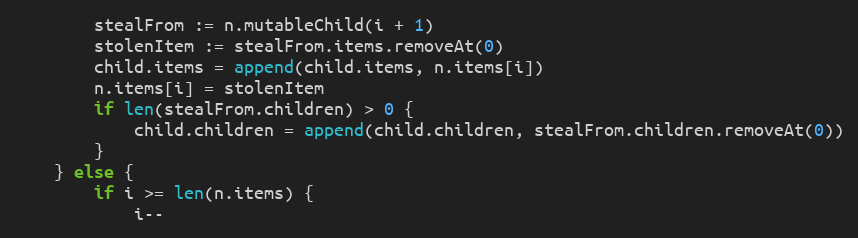
Language: Go
		stealFrom := n.mutableChild(i + 1)
		stolenItem := stealFrom.items.removeAt(0)
		child.items = append(child.items, n.items[i])
		n.items[i] = stolenItem
		if len(stealFrom.children) > 0 {
			child.children = append(child.children, stealFrom.children.removeAt(0))
		}
	} else {
		if i >= len(n.items) {
			i--